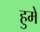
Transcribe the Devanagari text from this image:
हुमे